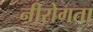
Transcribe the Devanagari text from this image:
नीरोगता